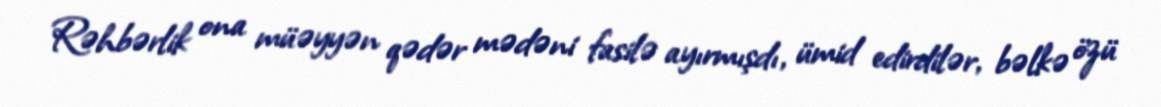
Rəhbərlik ona müəyyən qədər mədəni fasilə ayırmışdı, ümid edirdilər, bəlkə özü